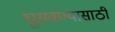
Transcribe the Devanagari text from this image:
घुसवण्यासाठी